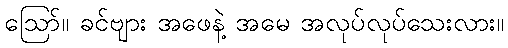
ဪ။ ခင်ဗျား အဖေနဲ့ အမေ အလုပ်လုပ်သေးလား။